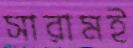
সারামই